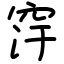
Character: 窏